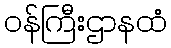
ဝန်ကြီးဌာနထံ